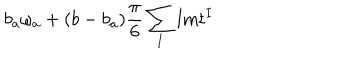
LaTeX: b _ { a } \omega _ { a } + ( b - b _ { a } ) { \frac { \pi } { 6 } } \sum _ { I } \mathrm { I m } t ^ { I }